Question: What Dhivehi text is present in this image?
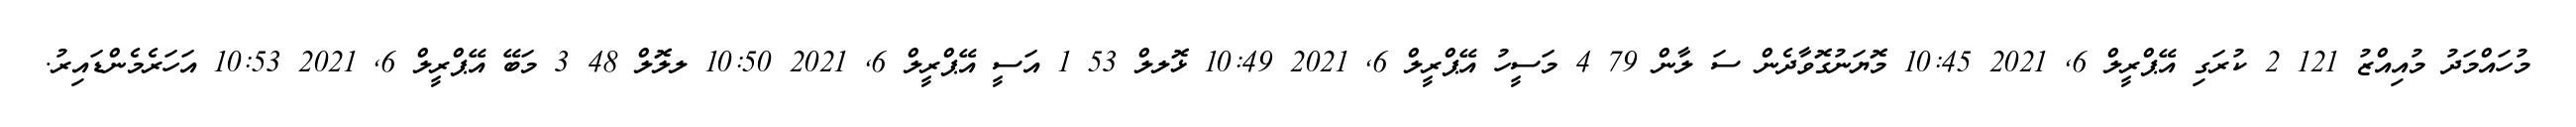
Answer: މުހައްމަދު މުއިއްޒު 121 2 ކުރަގި އޭޕްރީލް 6, 2021 10:45 މޮޔަނުގޮވާދެން ސަ ލާން 79 4 މަސީހު އޭޕްރީލް 6, 2021 10:49 ޅޮލލް 53 1 އަސީ އޭޕްރީލް 6, 2021 10:50 ލލޮލް 48 3 މަބޭ އޭޕްރީލް 6, 2021 10:53 އަހަރެމެންޑައިރު.